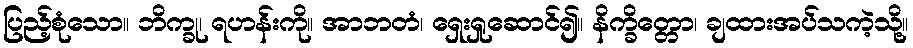
ပြည့်စုံသော။ ဘိက္ခု၊ ရဟန်းကို။ အာဘတံ၊ ရှေးရှုဆောင်၍။ နိက္ခိတ္တော၊ ချထားအပ်သကဲ့သို့။